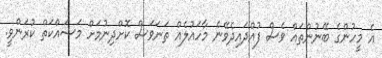
އެ މީހުންގެ ބޭނުންތައް ވެސް ފުއްދައިދެވޭނެ މާހައުލެއް ތަނަވަސް ކޮށްދިނުމަށް މަސައްކަތް ކުރަންވީ.